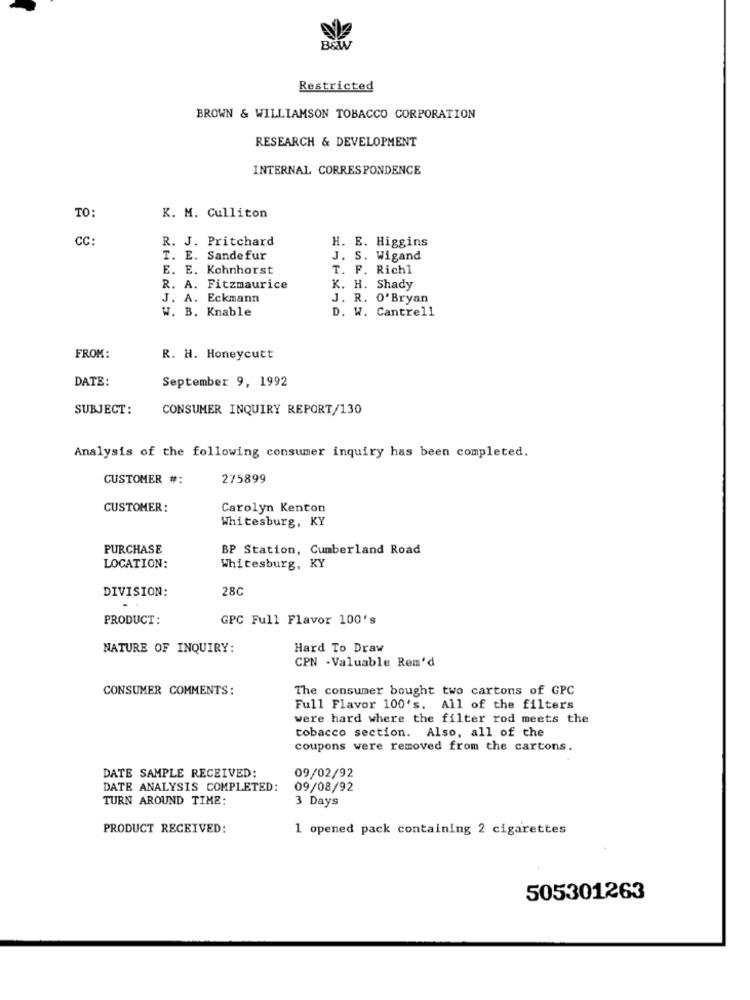
BOW
Restricted
BROWN & WILLIAMSON TOBACCO CORPORATION
RESEARCH & DEVELOPMENT
INTERNAL CORRESPONDENCE
TO:
K. M. Culliton
CC:
R. J. Pritchard
H. E. Higgins
T. E. Sandefur
J. S. Wigand
E. E. Kohnhorst
T. F. Rich1
R. A. Fitzmaurice
K. H. Shady
J. A. Eckmann
J. R. O'Bryan
W. B. Knable
D. W. Cantrell
FROM:
R. H. Honeycutt
DATE:
September 9, 1992
SUBJECT:
CONSUMER INQUIRY REPORT/130
Analysis of the following consumer inquiry has been completed.
CUSTOMER #:
275899
CUSTOMER:
Carolyn Kenton
Whitesburg, KY
PURCHASE
BP Station, Cumberland Road
LOCATION:
Whitesburg, KY
28C
DIVISION:
PRODUCT:
GPC Full Flavor 100's
NATURE OF INQUIRY:
Hard To Draw
CPN -Valuable Ren'd
CONSUMER COMMENTS:
The consumer bought two cartons of GPC
Full Flavor 100's. All of the filters
were hard where the filter rod meets the
tobacco section. Also, all of the
coupons were removed from the cartons.
DATE SAMPLE RECEIVED:
09/02/92
DATE ANALYSIS COMPLETED:
09/08/92
TURN AROUND TIME:
3 Days
PRODUCT RECEIVED:
1 opened pack containing 2 cigarettes
505301263